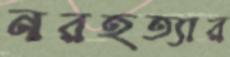
নরহত্যার